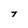
Character: T